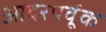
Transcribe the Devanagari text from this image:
आदरपर्वूक